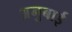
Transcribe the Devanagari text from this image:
अनुबाई